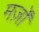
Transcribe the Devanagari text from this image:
मर्ज़ों